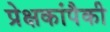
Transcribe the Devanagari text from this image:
प्रेक्षकांपैकी